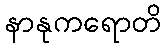
နာနုကရောတိ